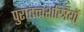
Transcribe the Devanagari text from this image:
पुरातत्त्वशस्त्रियों